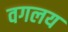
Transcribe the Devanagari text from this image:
वगलय